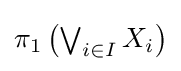
{\textstyle \pi _{1}\left(\bigvee _{i\in I}X_{i}\right)}